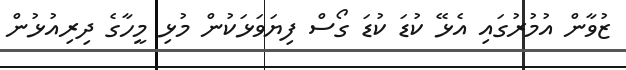
ޒުވާން އުމުރުގައި އެޅޭ ކުޑަ ކުޑަ ގޯސް ފިޔަވަޅަކުން މުޅި މީހާގެ ދިރިއުޅުން